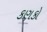
કણકો